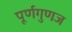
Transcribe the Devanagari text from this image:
पूर्णगुणज